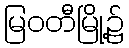
မြဝတီမြို့၌